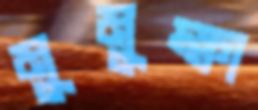
মুমুক্ষা